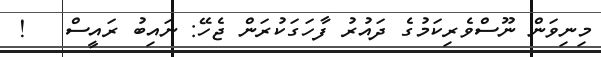
މިނިވަން ނޫސްވެރިކަމުގެ ދައުރު ފާހަގަކުރަން ޖެހޭ: ނައިބު ރައީސް   !